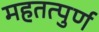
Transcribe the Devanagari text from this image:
महतत्पुर्ण